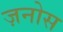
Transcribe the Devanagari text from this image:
ज़नोस